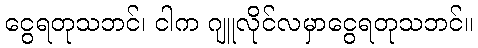
ငွေရတုသဘင်၊ ငါက ဂျူလိုင်လမှာငွေရတုသဘင်။